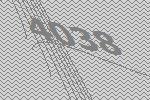
4038